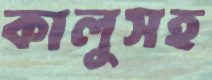
কালুসহ